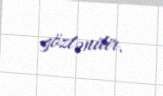
gözlənilir.